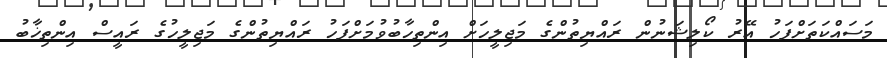
މަސައްކަތަށްފަހު އޭރު ކޯލިޝަނުން ރައްޔިތުންގެ މަޖިލީހަށް އިންތިހާބުވުމަށްފަހު ރައްޔިތުންގެ މަޖިލީހުގެ ރައީސް އިންތިޚާބު